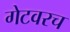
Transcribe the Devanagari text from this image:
गेटवरच